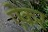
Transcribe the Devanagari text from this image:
ऐकर